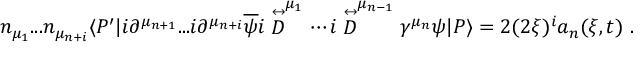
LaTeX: n _ { \mu _ { 1 } } . . . n _ { \mu _ { n + i } } \langle P ^ { \prime } | i \partial ^ { \mu _ { n + 1 } } . . . i \partial ^ { \mu _ { n + i } } \overline { { \psi } } i \stackrel { \leftrightarrow } { D } ^ { \mu _ { 1 } } \cdots i \stackrel { \leftrightarrow } { D } ^ { \mu _ { n - 1 } } \gamma ^ { \mu _ { n } } \psi | P \rangle = 2 ( 2 \xi ) ^ { i } a _ { n } ( \xi , t ) \ .